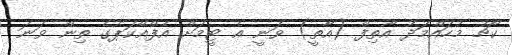
ކޯޗު މުހައްމަދު އާތިފް (އާތީ) ވަނީ އެ ޓީމަށް އެފްއޭކަޕުގެ ތިން ވަނަ